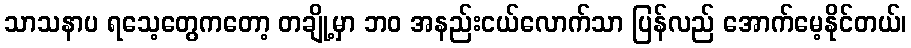
သာသနာပ ရသေ့တွေကတော့ တချို့မှာ ဘဝ အနည်းငယ်လောက်သာ ပြန်လည် အောက်မေ့နိုင်တယ်၊